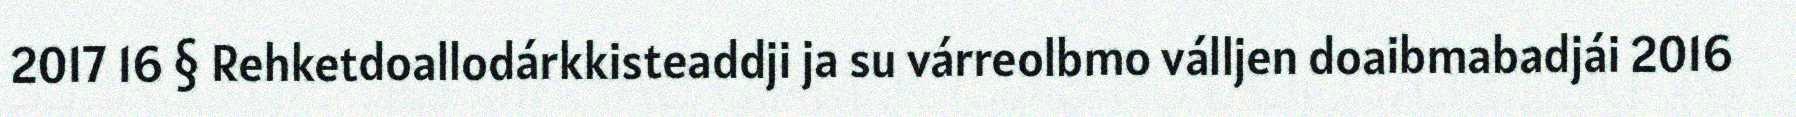
2017 16 § Rehketdoallodárkkisteaddji ja su várreolbmo válljen doaibmabadjái 2016